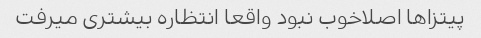
پیتزاها اصلاخوب نبود واقعا انتظاره بیشتری میرفت